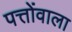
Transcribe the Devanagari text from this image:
पत्तोंवाला